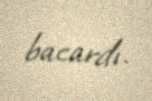
bacardı.